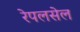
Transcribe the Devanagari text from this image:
रेपलसेल